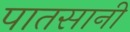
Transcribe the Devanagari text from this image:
पातसानी